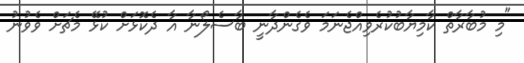
"މި މުބާރާތް ކާމިޔާބުކުރެވިއްޖެނަމަ ވެގެންދާނީ ބާސެލޯނާ އާ ދެކޮޅަށް ކުޅޭ މެޗަށް ވެވުނު